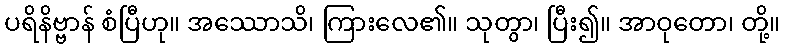
ပရိနိဗ္ဗာန် စံပြီဟု။ အဿောသိ၊ ကြားလေ၏။ သုတွာ၊ ပြီး၍။ အာဝုတော၊ တို့။